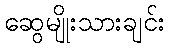
ဆွေမျိုးသားချင်း